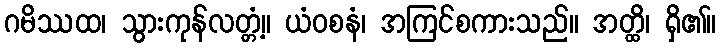
ဂမိဿထ၊ သွားကုန်လတ္တံ့။ ယံဝစနံ၊ အကြင်စကားသည်။ အတ္ထိ၊ ရှိ၏။